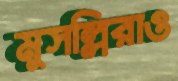
মুসল্লিরাও